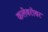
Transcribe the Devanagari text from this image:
कलेबरोबर